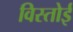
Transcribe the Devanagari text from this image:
विस्तोई